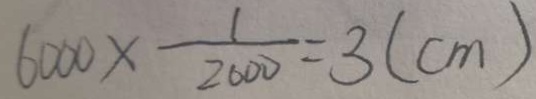
6 0 0 0 \times \frac { 1 } { 2 0 0 0 } = 3 ( c m )